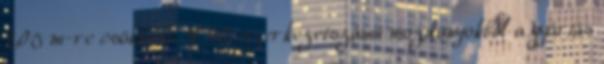
2,05 m-re csökkent. A 90. szerkezetszámú mozdonyokból a gyártás